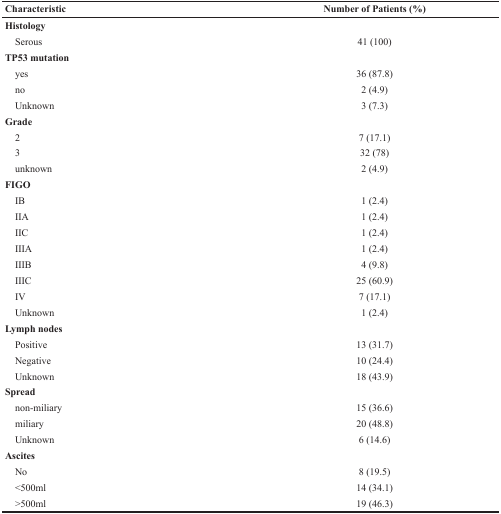
| Characteristic | Number of Patients (%) |
 | --- | --- |
 | Histology |  |
 | Serous | 41 (100) |
 | TP53 mutation |  |
 | yes | 36 (87.8) |
 | no | 2 (4.9) |
 | Unknown | 3 (7.3) |
 | Grade |  |
 | 2 | 7 (17.1) |
 | 3 | 32 (78) |
 | unknown | 2 (4.9) |
 | FIGO |  |
 | IB | 1 (2.4) |
 | IIA | 1 (2.4) |
 | IIC | 1 (2.4) |
 | IIIA | 1 (2.4) |
 | IIIB | 4 (9.8) |
 | IIIC | 25 (60.9) |
 | IV | 7 (17.1) |
 | Unknown | 1 (2.4) |
 | Lymph nodes |  |
 | Positive | 13 (31.7) |
 | Negative | 10 (24.4) |
 | Unknown | 18 (43.9) |
 | Spread |  |
 | non-miliary | 15 (36.6) |
 | miliary | 20 (48.8) |
 | Unknown | 6 (14.6) |
 | Ascites |  |
 | No | 8 (19.5) |
 | <500ml | 14 (34.1) |
 | >500ml | 19 (46.3) |